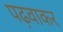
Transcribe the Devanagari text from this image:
पढ़वाकर